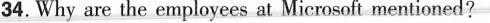
34_.Why are the employees at Microsoft mentioned?